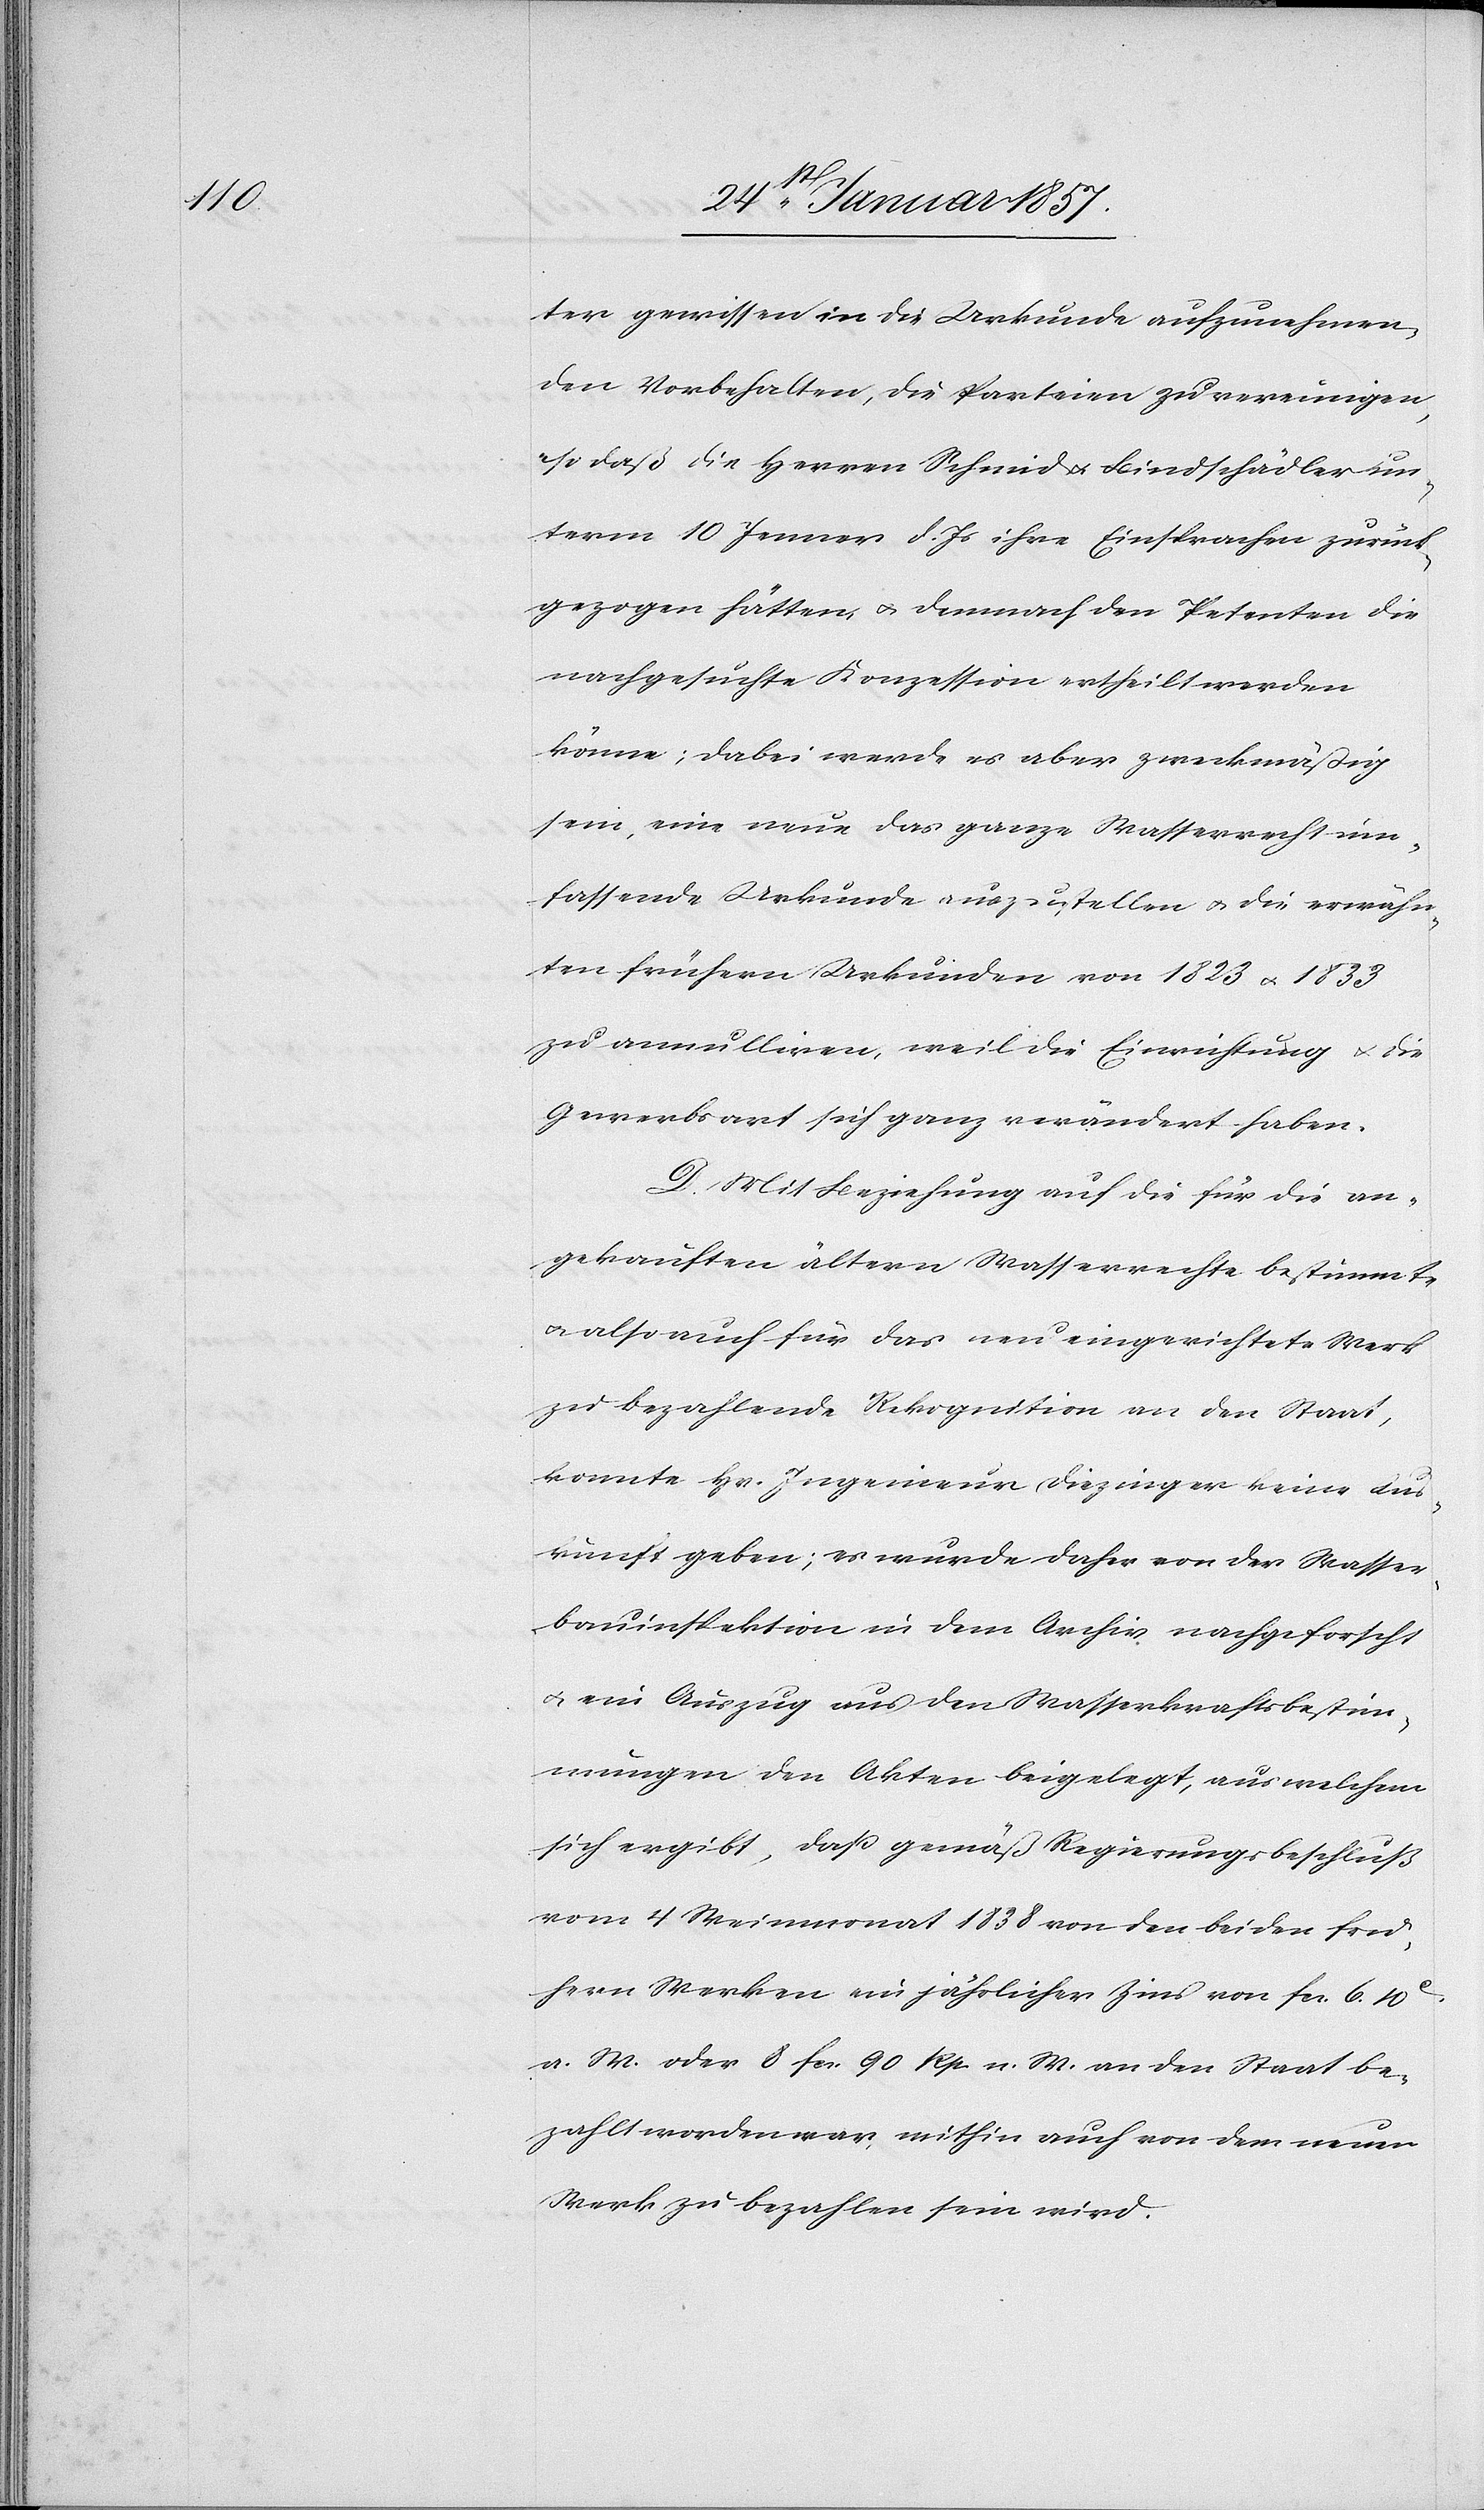
ter gewissen in die Urkunde aufzunehmen¬
den Vorbehalten, die Parteien zu vereinigen
so daß die Herren Schmid & Bindschädler un¬
term 10 Jenner d. Js ihre Einsprachen zurück¬
gezogen hätten, & demnach den Petenten die
nachgesuchte Konzession ertheilt werden
könne; dabei werde es aber zweckmäßig
sein, eine neue das ganze Wasserrecht um¬
fassende Urkunde auszustellen & die erwähn¬
ten frühern Urkunden von 1823 u. 1833
zu annullieren, weil die Einrichtung & die
Gewerbsart sich ganz verändert haben.
D. Mit Beziehung auf die für die an¬
gekauften ältern Wasserrechte bestimmte
u. also auch für das neu eingerichtete Werk
zu bezahlenden Rekognition an den Staat,
konnte Hr. Ingenieur Diezinger keine Aus¬
kunft geben; es wurde daher von der Wasser¬
bauinspektion in dem Archiv nachgeforscht
u. ein Auszug aus den Wasserkraftsbestim¬
mungen den Akten beigelegt, aus welchem
sich ergibt, daß gemäß Regierungsbeschluß
vom 4 Meimonat 1838 von den beiden frü¬
hern Werken ein jährlicher Zins von fcs. 6. 10
a. W. oder 8 fcs. 90 Rp. n. W. an den Staat be¬
zahlt worden war, mithin auch von dem neuen
Werk zu bezahlen sein wird.